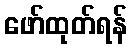
ဖော်ထုတ်ရန်